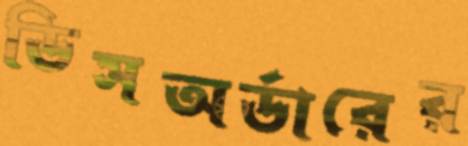
ডিসঅর্ডারের